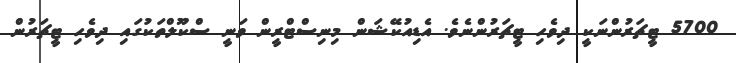
5700 ޓީޗަރުންނަކީ ދިވެހި ޓީޗަރުންނެވެ. އެޑިއުކޭޝަން މިނިސްޓްރީން ވަނީ ސްކޫލްތަކުގައި ދިވެހި ޓީޗަރުން